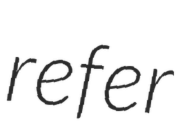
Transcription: refer